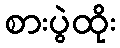
စားပွဲထိုး